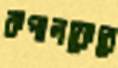
কপালফেরে